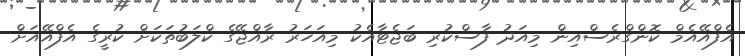
އެފްއޭއެމް ކޮންގްރެސްއިން މިއަދު ފާސްކުރި ބަޖެޓާއެކު މިއަހަރު ރާއްޖޭގެ ކްލަބުތަކަށް ކުރީގެ އެފްއޭއަށް